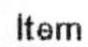
ITEM